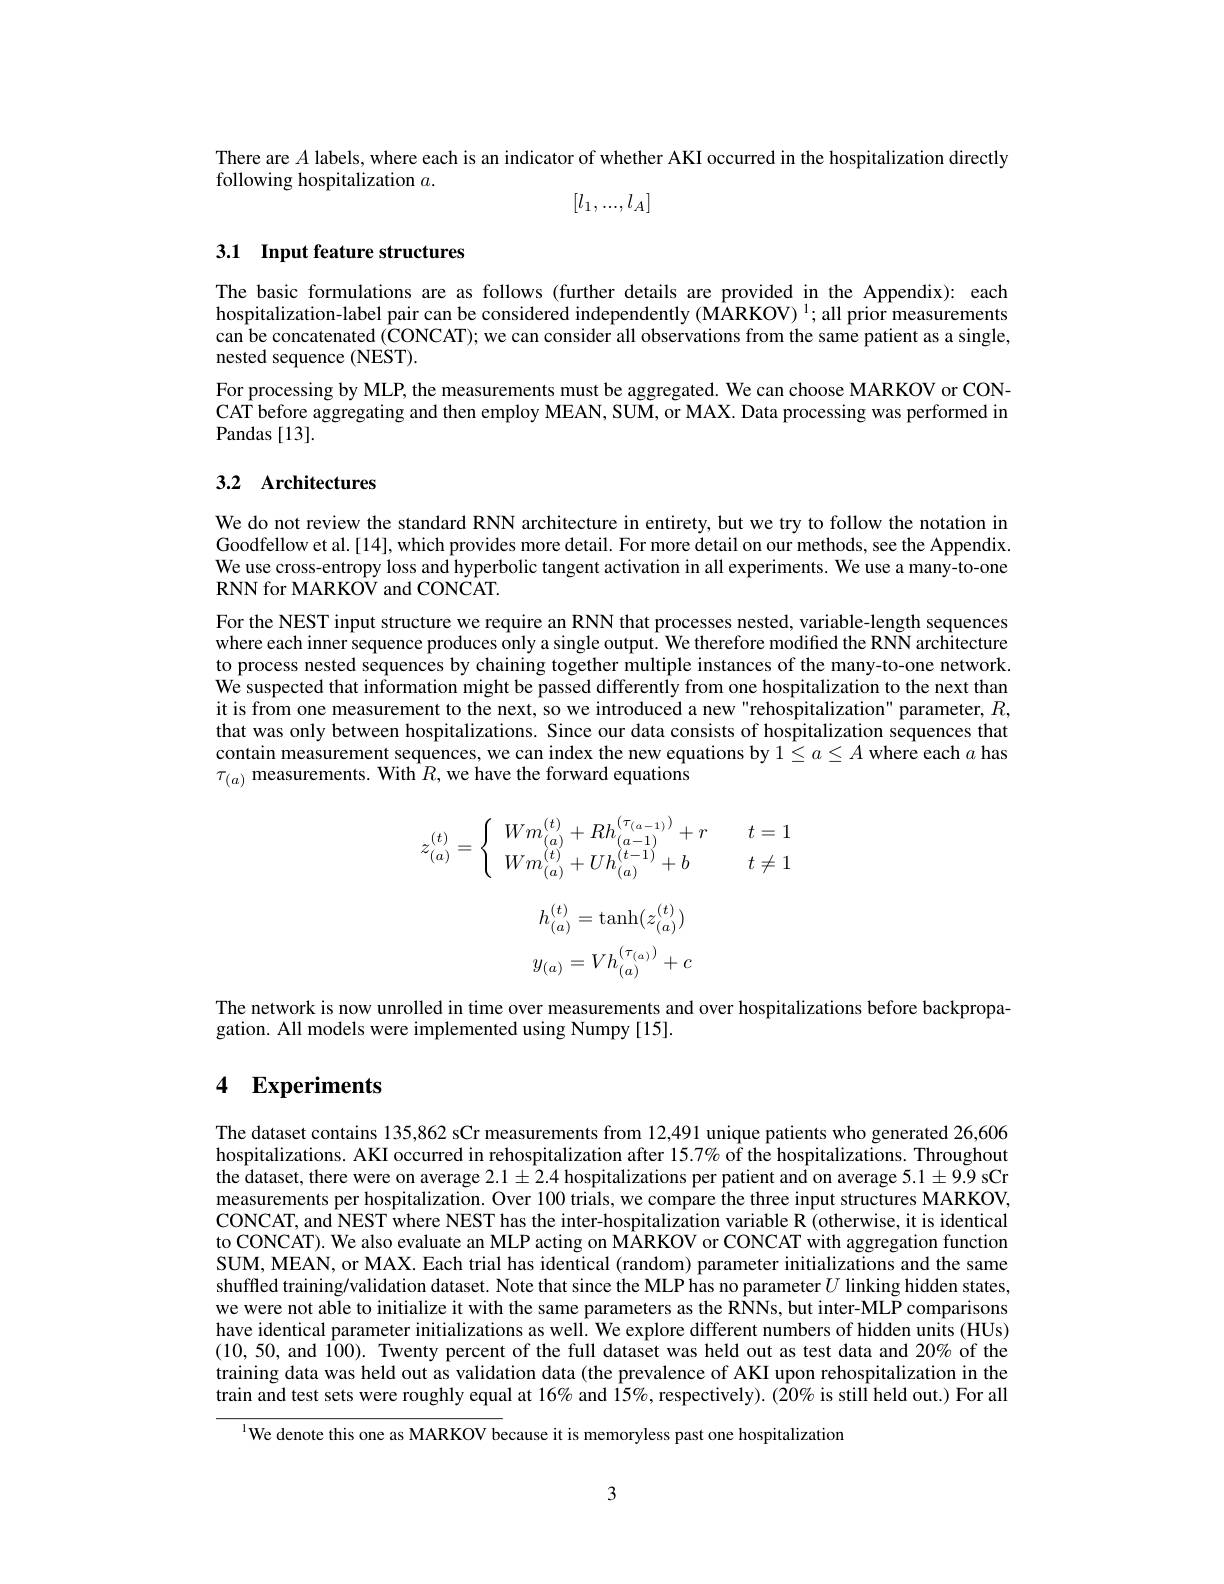
There are $A$ labels, where each is an indicator of whether AKI occurred in the hospitalization directly
following hospitalization $a.$
$$[l_1,...,l_A]$$
## 3.1 Input feature structures

The basic formulations are as follows (further details are provided in the Appendix): each hospitalization-label pair can be considered independently (MARKOV) $^1;$ all prior measurements can be concatenated (CONCAT); we can consider all observations from the same patient as a single, nested sequence (NEST).
For processing by MLP, the measurements must be aggregated. We can choose MARKOV or CONCAT before aggregating and then employ MEAN, SUM, or MAX. Data processing was performed in Pandas [13].

## 3.2 Architectures

We do not review the standard RNN architecture in entirety, but we try to follow the notation in Goodfellow et al.[14], which provides more detail. For more detail on our methods, see the Appendix. We use cross-entropy loss and hyperbolic tangent activation in all experiments. We use a many-to-one RNN for MARKOV and CONCAT.

For the NEST input structure we require an RNN that processes nested, variable-length sequences where each inner sequence produces only a single output. We therefore modifed the RNN architecture to process nested sequences by chaining together multiple instances of the many-to-one network. We suspected that information might be passed differently from one hospitalization to the next than it is from one measurement to the next, so we introduced a new "rehospitalization" parameter, $R$, that was only between hospitalizations. Since our data consists of hospitalization sequences that contain measurement sequences, we can index the new equations by $1\leq a\leq A$ where each $a$ has $\tau_{(a)}$ measurements. With $R$,we have the forward equations
$$z_{(a)}^{(t)}=\left\{\begin{array}{ll}Wm_{(a)}^{(t)}+Rh_{(a-1)}^{(\tau_{(a-1)})}+r&\quad t=1\\Wm_{(a)}^{(t)}+Uh_{(a)}^{(t-1)}+b&\quad t\neq1\end{array}\right.$$
$$\begin{aligned}h_{(a)}^{(t)}&=\tanh(z_{(a)}^{(t)})\\y_{(a)}&=Vh_{(a)}^{(\tau_{(a)})}+c\end{aligned}$$
The network is now unrolled in time over measurements and over hospitalizations before backpropa-
gation. All models were implemented using Numpy [15].

# 4 Experiments

The dataset contains 135,862 sCr measurements from 12,491 unique patients who generated 26,606 hospitalizations. AKI occurred in rehospitalization after $15.7\%$ of the hospitalizations. Throughout the dataset, there were on average $2.1\pm2.4$ hospitalizations per patient and on average 5.1±9.9 sCr measurements per hospitalization. Over 100 trials, we compare the three input structures MARKOV, CONCAT, and NEST where NEST has the inter-hospitalization variable R (otherwise, it is identical to CONCAT). We also evaluate an MLP acting on MARKOV or CONCAT with aggregation function SUM, MEAN, or MAX. Each trial has identical (random) parameter initializations and the same shuffled training/validation dataset. Note that since the MLP has no parameter $U$ linking hidden states, we were not able to initialize it with the same parameters as the RNNs, but inter-MLP comparisons have identical parameter initializations as well. We explore different numbers of hidden units (HUs) (10,50, and Î00). Twenty percent of the full dataset was held out as test data and 20% of the training data was held out as validation data (the prevalence of AKI upon rehospitalization in the train and test sets were roughly equal at 16% and 15%, respectively). (20% is still held out.) For all

$^{\text{l}}$We denote this one as MARKOV because it is memoryless past one hospitalization

3